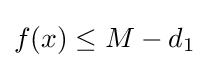
f(x)\leq M-d_{1}